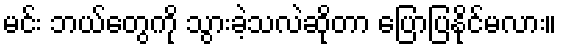
မင်း ဘယ်တွေကို သွားခဲ့သလဲဆိုတာ ပြောပြနိုင်မလား။